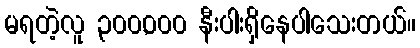
မရတဲ့လူ ၃၀၀,၀၀၀ နီးပါးရှိနေပါသေးတယ်။